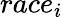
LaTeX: \textit{race}_{i}